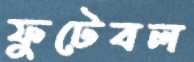
ফুটেবল